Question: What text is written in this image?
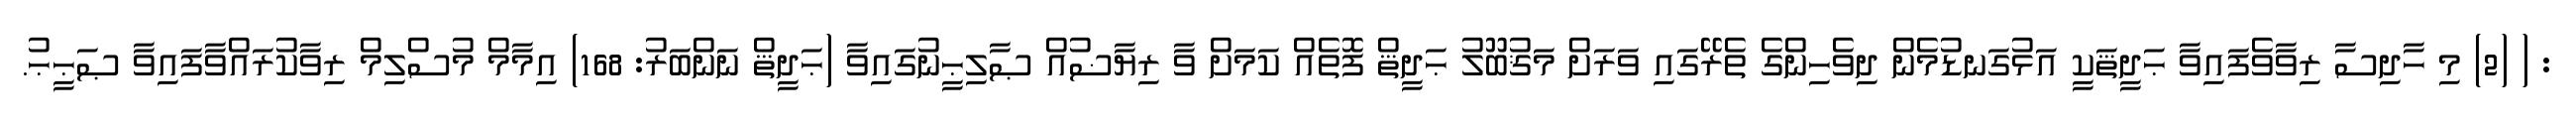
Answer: : ( (2) މި ހާދިސާ ރިވާވެފައިވާ ޙަދީޘަކީ އަޅުގަނޑުމެން ދިވެހިންގެ ތެރޭގައި ވަރަށް މަޤުބޫލު ޙަދީޘް ފޮތެއް ކަމަށް ވާ ރިޔާޟުއް ޞާލިޙީނުގައިވާ (ޙަދީޘް ނަންބަރު: 168) އިމާމް މުސްލިމް ރިވާކުރައްވާފައިވާ ޞަޙީޙު.